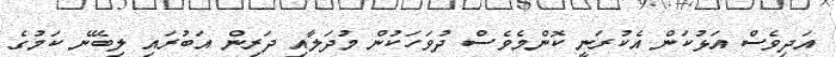
އަދިވެސް އަޅުކަން އެކުރަނީ ކޮންމެވެސް ދުވަހަކުން މުދަލާއި ދަރިން އަބުރައި ލިބޭނެ ކަމުގެ